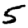
Digit: 5